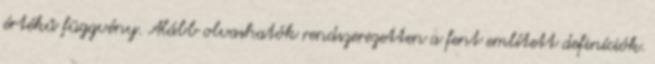
értékű függvény. Alább olvashatók rendszerezetten a fent említett definíciók.